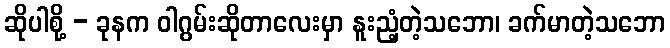
ဆိုပါစို့ - ခုနက ဝါဂွမ်းဆိုတာလေးမှာ နူးညံ့တဲ့သဘော၊ ခက်မာတဲ့သဘော